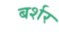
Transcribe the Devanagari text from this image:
बर्शर